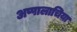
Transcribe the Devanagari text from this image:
अप्पालाचिया